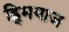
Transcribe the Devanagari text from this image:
ह्र्मियाज